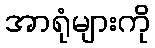
အာရုံများကို